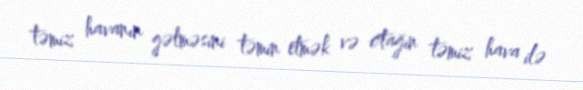
təmiz havanın gəlməsini təmin etmək və otağın təmiz hava ilə